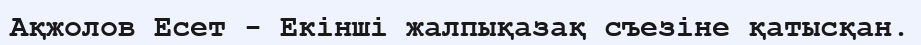
Ақжолов Есет - Екінші жалпықазақ съезіне қатысқан.